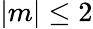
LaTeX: |m|\le 2